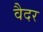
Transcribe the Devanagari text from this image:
वैदर